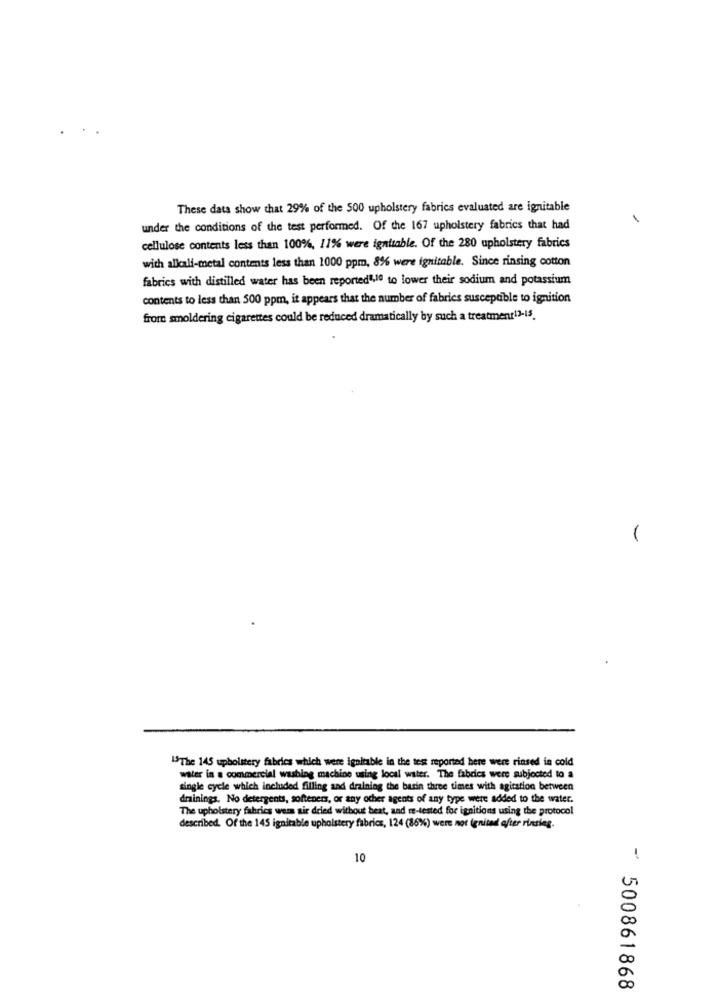
These data show that 29% of the 500 upholstery fabrics evaluated are ignitable
under the conditions of the test performed. Of the 167 upholstery fabrics that had
cellulose contents less than 100%, 11% were ignitable. Of the 280 upholstery fabrics
with allcali-metal contents less than 1000 ppm, 8% were ignitable. Since rinsing cotton
fabrics with distilled water has been reported",10 to lower their sodium and potassium
contents to less than 500 ppm, it appears that the number of fabrics susceptible to ignition
from smoldering cigarettes could be reduced dramatically by such a treatment13-15.
1
ISThe 145 upholstery fabrics which were ignitable in the test reported here were rinsed in cold
water in a commercial washing machine using local water. The fabdies were subjected to a
single cycle which included filling and draining the barin three times with agitation between
drainings. No detergents, softeners, or any other agents of any type were added to the water.
The upholstery fabrics wem sir dried without beat, and re-tested for ignitions using the protocol
described. Of the 145 ignitable upholstery fabrics, 124 (86%) were not ignited after rinsing.
10
- 500861868